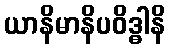
ယာနိမာနိပဝိဒ္ဓါနိ